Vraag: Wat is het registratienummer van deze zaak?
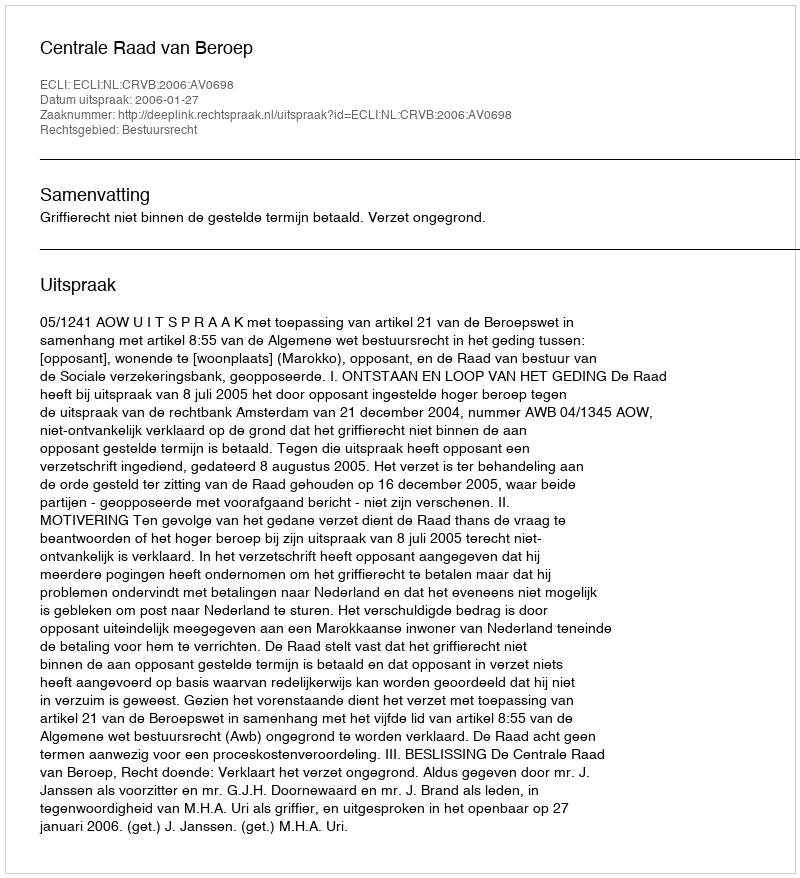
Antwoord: http://deeplink.rechtspraak.nl/uitspraak?id=ECLI:NL:CRVB:2006:AV0698